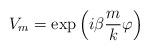
LaTeX: \begin{align*}V_{m}=\exp \left( {i\beta }\frac{m}{k}\varphi \right)\end{align*}